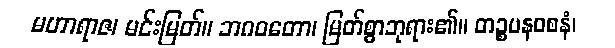
မဟာရာဇ၊ မင်းမြတ်။ ဘဂဝတော၊ မြတ်စွာဘုရား၏။ တဉ္စပနဝစနံ၊